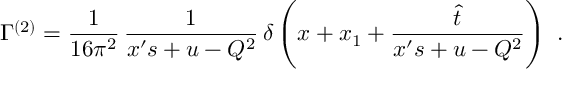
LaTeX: \Gamma ^ { ( 2 ) } = \frac { 1 } { 1 6 \pi ^ { 2 } } \, \frac { 1 } { x ^ { \prime } s + u - Q ^ { 2 } } \, \delta \left( x + x _ { 1 } + \frac { \hat { t } } { x ^ { \prime } s + u - Q ^ { 2 } } \right) \ .